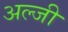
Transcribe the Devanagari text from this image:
अल्जी